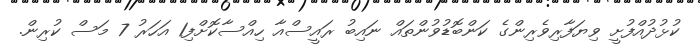
ކުޅުދުއްފުށީ ވިޔަފާރިވެރިންގެ ކަންބޮޑުވުންތައް ނައިބު ރައީސްއާ ހިއްސާކޮށްފި1 އަހަރު 7 މަސް ކުރިން.